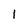
Character: 1